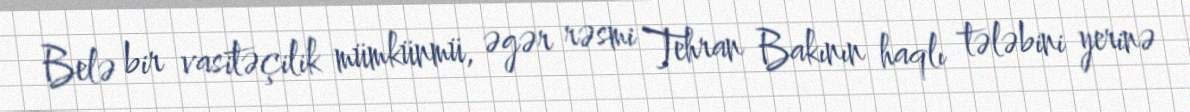
Belə bir vasitəçilik mümkünmü, əgər rəsmi Tehran Bakının haqlı tələbini yerinə